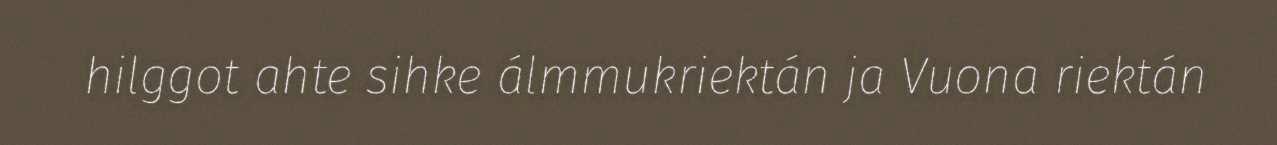
hilggot ahte sihke álmmukriektán ja Vuona riektán